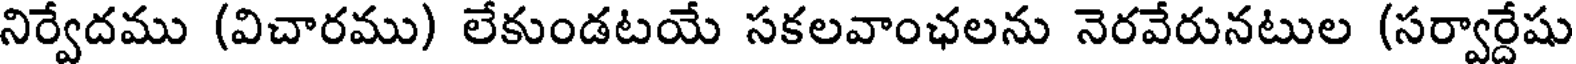
నిర్వేదము (విచారము) లేకుండటయే సకలవాంఛలను నెరవేరునటుల (సర్వార్దేషు